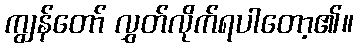
ကျွန်တော် လွှတ်လိုက်ရပါတော့၏။